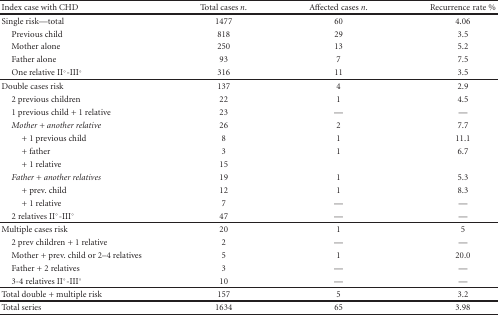
<table><thead><tr><td><b>Index case with CHD</b></td><td><b>Total cases <i>n</i>.</b></td><td><b>Affected cases <i>n</i>.</b></td><td><b>Recurrence rate %</b></td></tr></thead><tbody><tr><td>Single risk—total</td><td>1477</td><td>60</td><td>4.06</td></tr><tr><td> Previous child</td><td>818</td><td>29</td><td>3.5</td></tr><tr><td> Mother alone</td><td>250</td><td>13</td><td>5.2</td></tr><tr><td> Father alone</td><td>93</td><td>7</td><td>7.5</td></tr><tr><td> One relative II°-III°</td><td>316</td><td>11</td><td>3.5</td></tr><tr><td>Double cases risk</td><td>137</td><td>4</td><td>2.9</td></tr><tr><td> 2 previous children</td><td>22</td><td>1</td><td>4.5</td></tr><tr><td> 1 previous child + 1 relative</td><td>23</td><td>—</td><td>—</td></tr><tr><td> <i>Mother + another relative </i></td><td>26</td><td>2</td><td>7.7</td></tr><tr><td>+ 1 previous child</td><td>8</td><td>1</td><td>11.1</td></tr><tr><td>+ father</td><td>3</td><td>1</td><td>6.7</td></tr><tr><td>+ 1 relative</td><td>15</td><td></td><td></td></tr><tr><td> <i>Father + another relatives </i></td><td>19</td><td>1</td><td>5.3</td></tr><tr><td>+ prev. child</td><td>12</td><td>1</td><td>8.3</td></tr><tr><td>+ 1 relative</td><td>7</td><td>—</td><td>—</td></tr><tr><td> 2 relatives II°-III°</td><td>47</td><td>—</td><td>—</td></tr><tr><td>Multiple cases risk</td><td>20</td><td>1</td><td>5</td></tr><tr><td> 2 prev children + 1 relative</td><td>2</td><td>—</td><td>—</td></tr><tr><td> Mother + prev. child or 2–4 relatives</td><td>5</td><td>1</td><td>20.0</td></tr><tr><td> Father + 2 relatives</td><td>3</td><td>—</td><td>—</td></tr><tr><td> 3-4 relatives II°-III°</td><td>10</td><td>—</td><td>—</td></tr><tr><td>Total double + multiple risk</td><td>157</td><td>5</td><td>3.2</td></tr><tr><td>Total series</td><td>1634</td><td>65</td><td>3.98</td></tr></tbody></table>